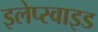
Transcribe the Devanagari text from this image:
इलेप्स्वाइड